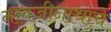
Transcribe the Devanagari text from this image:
नावजीनाथाचे